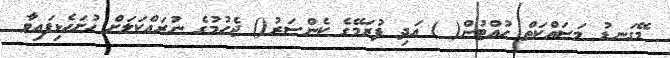
މޭގަނޑު މަސައްކަތް ހުއްޓުން( ) އަދި ފުރަމޭގެ ކެންސަރު() ޖެހުމުގެ ނުރައްކަލަށް ހުށަހެޅިފައިވާ